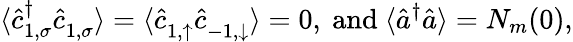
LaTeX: \langle\hat{c}_{{1},\sigma}^{\dagger}\hat{c}_{{1},\sigma}^{\phantom{\dagger}}\rangle=\langle\hat{c}_{{1},\uparrow}^{\phantom{\dagger}}\hat{c}_{{-1},\downarrow}^{\phantom{\dagger}}\rangle=0,\ \textnormal{and}\ \langle\hat{a}^{\dagger}\hat{a}\rangle=N_{m}(0),